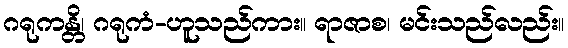
ဂရုကန္တိ၊ ဂရုကံ-ဟူသည်ကား။ ရာဇာစ၊ မင်းသည်လည်း။